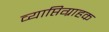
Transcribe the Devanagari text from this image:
व्याप्तिग्राहक